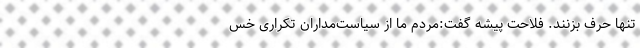
تنها حرف بزنند. فلاحت پیشه گفت:‌مردم ما از سیاست‌مداران تکراری خس